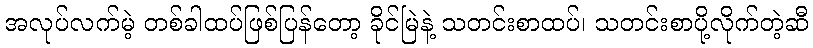
အလုပ်လက်မဲ့ တစ်ခါထပ်ဖြစ်ပြန်တော့ ခိုင်မြဲနဲ့ သတင်းစာထပ်၊ သတင်းစာပို့လိုက်တဲ့ဆီ